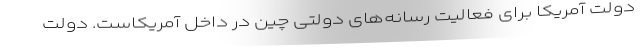
دولت آمریکا برای فعالیت رسانه‌های دولتی چین در داخل آمریکاست. دولت